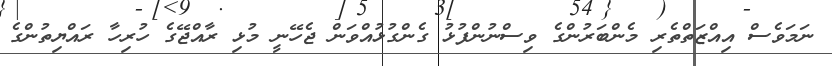
ނަމަވެސް އިއްޒަތްތެރި މެންބަރުންގެ ވިސްނުންފުޅު ގެންގުޅުއްވަން ޖެހޭނީ މުޅި ރާއްޖޭގެ ހުރިހާ ރައްޔިތުންގެ